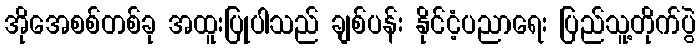
အိုအေစစ်တစ်ခု အထူးပြုပါသည် ချစ်ပန်း နိုင်ငံ့ပညာရေး ပြည်သူ့တိုက်ပွဲ